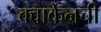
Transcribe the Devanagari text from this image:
क्वार्केनची